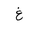
Letter: _gayn